Vital statistics of India. Vol. VI, European troops 1870-79
Year: 1870
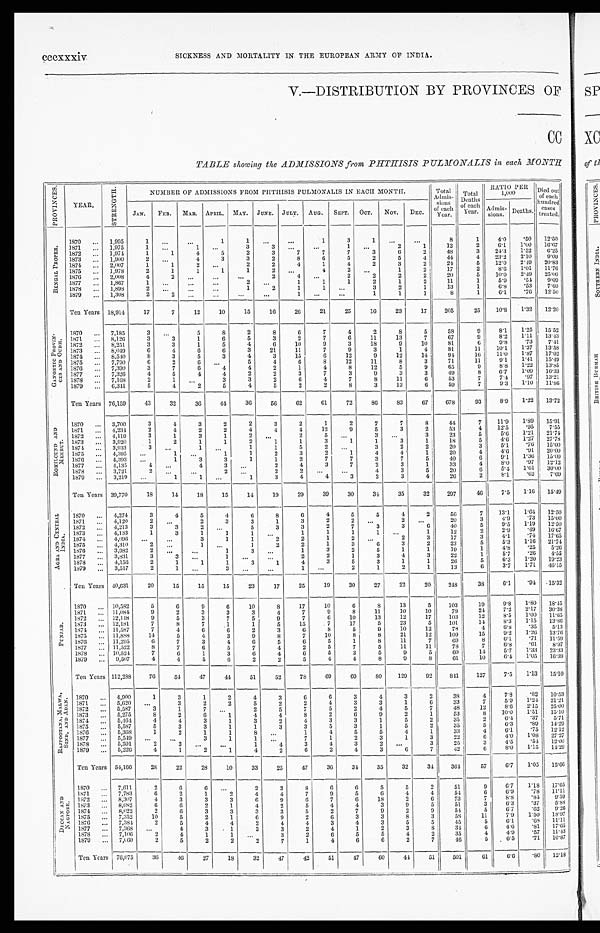
cccxxxiv
SICKNESS AND MORTALITY IN THE EUROPEAN ARMY OF INDIA.
V.—DISTRIBUTION BY PROVINCES OF
CC
TABLE showing the ADMISSIONS from PHTHISIS PULMONALIS in each MONTH
P R O V I N C E S .
YEAR.
S T R E N G T H .
NUMBER OF ADMISSIONS FROM PHTHISIS PULMONALIS IN EACH MONTH.
Total
Admis-
sions o f e a c
h
Year.
Total
Deaths
of each
Year.
RATIO PER
1,000
Died out
of each
hundred
cases
treated.
JAN. FEB. MAR. APRIL. MAY. JUNE. JULY. AUG. SEPT. OCT. NOV. DEC.
Admis-
sions. Deaths.
B E N G A L P R O P E R .
1870
. . . 1,995
1
. . .
. . .
1
1 ...
...
1
3
1
. . .
. . .
8
1
4.0
.50 12.50
1871 ... 1,975
1 ...
1 ...
3
3 ...
...
1
. . .
2
1
12
2
6.1
1.00 16.67
1872 ... 1,974
1
1
4
5
2
3
7
7
7
3
6
2
48
3
24.3 1.52
6.25
1873 ... 1,900
2
. . .
4
3
3
2
8
6
5
2
5
4
44
4
23.2
2.10
9.09
1874 ... 2,007
1
1
2
. . .
2
2
4
1
4
2
3
2
24
5
12.0 2.49 20.83
1875 ... 1,978
2
1
1
1
1
2 ...
4
2
. . .
1
2
17
2
8.6 1.01 11.76
1876 ... 2,008
4
2
. . . ...
...
2
4 ...
2
2
2
2
20
5
10.0
2.49 25.00
1877 ... 1,867
1 . . .
...
...
2
. . .
1
1
1
2
1
2
11
1
5.9
.54 9.09
1878
. . . 1,898
2 ...
...
. . .
1
2
1
1 ...
3
2
1
13
1
6.8
.53
7.69
1879 ... 1,308
2
2
. . .
. . .
. . . ...
1 ...
. . .
1
1
1
8
1
6.1
.76 12.50
Ten Years 18,914
17
7
12
10
15
16
26
21
25
16
23
17
205
25
10.8
1.32 12.20
G A N G E T I C P R O V I N -
C E S A N D O U D H . 1870 ... 7,185
3
. . .
5
8
2
8
6
7
4
2
8
5
58
9
8.1
1.25 15.52
1871 ... 8,126
3
3
1
6
5
3
2
7
6
11
13
7
67
9
8.2 1.11 13.43
1872 ... 8,251
3
3
1
5
4
6
10
9
3
18
9
1 0
81
6
9.8
.73
7.41
1873 ... 8,049
6
4
6
6
3
21
11
7
9
3
1
4
81
11
10.1
1.37 13.58
1874 ... 8,540
8
3
5
3
4
3
15
6
12
9
12
14
9 4
16
11.0 1.87 17.02
1875 ... 7,790
6
2
6 ...
5
4
6
8
12
11
8
3
71
11
9.1
1.41 15.49
1876 ... 7,390
3
7
6
4
4
2
1
4
8
12
5
9
65
9
8.8 1.22 13.85
1877 ... 7,326
4
5
4
4
2
2
3
7
3
9
3
3
49
8
6.7
1.09 16.33
1878
. . . 7,168
2
1
. . .
3
3
2
6
4
7
8
11
6
53
7
7.4
.97 13.21
1879 ... 6,341
5
4
2
5
4
5
2
2
8
3
13
6
59
7
9.3 1.10 11.86
Ten Years 76,159
43
32
36
44
36
56
62
61
72
86
83
67
678
93
8.9 1.22 13.72
R O H I L C U N D A N D
M E E R U T .
1870 ... 3,700
3
4
3
2
2
3
2
1
2
7
7
8
44
7
11.9
1.89 15.91
1871
...
4 , 2 3 4
2
4
2
2
4
4
4
12
9
5
3
2
53
4
12.5
.95
7.55
1872 ... 4,119
3
1
3
1
2
. . .
2
5
. . .
3 ...
3
23
5
5.6 1.21 21.74
1873 ... 3,920
1
2
1
1
2
1
1
3
1
1
3
1
18
5
4.6 1.27 27.78
1874 ... 3,933
3 ...
1 ...
1
1
5
2 ...
3
2
2
20
3
5.1
.76 15.00
1875 ... 4,395 ...
1
. . .
1
1
2
3
2
1
4
4
1
20
4
4.6
.91 20.00
1876
. . . 4,393 ...
1
3
3
1
1
2
7
7
3
7
5
40
6
9.1
1 . 3 6 15.00
1877 ... 4,135
4
. . .
4
3
. . .
2
4
3
7
2
3
1
33
4
8.0
.97 12.12
1878 ... 3,721
2 . . .
...
2
. . .
2
2
. . . ...
4
3
5
20
6
5.4 1.61 30.00
1879 ... 3,219
. . .
1
1 ...
1
3
4
4
3
2
3
4
26
2
8.1
.62
7.69
Ten Years 39,770
18
14
18
15
14
19
29
39
30
34
35
32
297
46
7.5 1.16 15.49
A G R A A N D C E N T R A L
I N D I A .
1870 ... 4,274
3
4
5
4
6
8
6
4
5
5
4
2
56
7
13.1
1.64 12.50
1871
. . . 4,120
2
. . .
2
3
3
1
3
2
2
. . .
2
. . .
20
3
4.9
.73 15.00
1872 ... 4,213
3
3
2
. . .
5
3
3
2
7
3
3
6
40
5
9.5
1.19 12.50
1873 ... 4,133
1
3
1
1
1 ...
1
1
1
1
. . .
1
12
2
2.9
.49 16.67
1874 ... 4,096
. . . ...
3
1
1
2
2
1
2
. . .
2
3
17
3
4.1
.74 17.65
1875 ... 4,310
2
. . .
1 ...
1
2
2
1
3
6
3
2
23
5
5.3
1.16 21.74
1876 ... 3,982
2 ...
...
1
3
. . .
1
3
2
5
1
1
1 9
1
4.8
. 2 5 5.26
1877 ... 3,831
3
3
. . .
1
. . .
. . .
2
2
1
3
4
3
22
1
5.7
.26 4.55
1878 ... 4,156
2
1
1
1
3
1
4
3
5
3
1
1
26
5
6.3 1.20 19.23
1879 ... 3,517
2
1 ...
3
. . .
...
1 ...
2
1
2
1
13
6
3.7 1.71 46.15
Ten Years 40,631
20
15
15
15
23
17
25
19
30
27
22
20
248
38
6.1
.94
15.32
P U N J A B .
1870 ... 10,582
5
6
9
6
10
8
17
10
6
8
13
5
103
19
9.8 1.80 18.45
1871 ... 11,084
9
2
3
3
3
4
7
9
8
11
10
1 0
7 9
2 4 7.2 2.17
3 0 . 3 8
1872 ... 12,118
9
5
3
7
5
9
7
6
10
13
12
17
103
12
8.5 1.00 11.65
1873 ... 12,181
7
8
7
1
1
5
15
7
17
5
23
5
101
14
8.3 1.15 13.86
1874 ... 11,587
7
4
6
6
2
3
6
8
5
9
10
12
78
4
6.8
.35
5.13
1875 ... 11,888
14
5
4
3
9
8
7
10
8
8
21
12
109
15
9.2 1.26 13.76
187
6
... 11,295
6
7
3
4
6
5
6
5
1
8
11
7
69
8
6.1
.71 11.59
1877 ... 11,522
8
7
6
5
7
4
2
5
7
5
11
11
78
7
6.8
.61
8.97
1878 ... 10,524
7
6
1
3
6
4
6
5
3
5
9
5
60
14
5.7
1.33 23.33
1879
. . . 9,507
4
4
5
6
2
2
5
4
4
8
9
8
61
10
6.4 1.05 16.39
Ten Years 112,288
76
54
47
44
51
52
78
69
69
8 0 129
92
841
127
7.5 1.13 15.10
R A J P O O T A N A , M A L W A ,
S I N D , A N D A D E N . 1870 ... 4,900
1
3
1
2
4
3
6
6
3
4
3
2
3 8
4
7.8 .82 10.53
1871 ... 5,620
. . .
3
2
2
5
2
2
4
3
3
1
6
33
7
5.9 1.24 21.21
1872 ...
5 , 5 8 7
3
1
7 . . .
2
5
7
5
2
4
5
7
48
12
8.6 2.15 25.00
1873
.. 5,275
8
2
6
1
4
4
8
2
6
9
2
1
53
8
10.0
1.51 15.10
1874 ... 5,464
4
4
3
1
3
2
4
3
3
1
5
2
35
2
6.4
.37
5.71
1875
. . . 5,587
5
3
3
1
1
3
3
5
3
1
5
2
35
5
6.3
. 8 9 14.29
1876
. . . 5,368
1
2
1
1
8
. . .
1
4
5
5
4
1
33
4
6.1
.75 12.12
1877 ... 5,549 ...
. . .
3
1
1
...
7
1
2
3
1
3
22
6
4.0 1.08 27.27
1878 ... 5,591
2
3
. . . ...
1
4
3
4
3
2
. . .
3
25
3
4.5
.54 12.00
1879 ... 5,226
4
1
2
1
4
2
6
2
4
3
6
7
42
6
8.0 1.15 14.29
Ten Years 54,166
28
22
28
10
33
25
47
36
34
35
32
34
364
57
6.7
1.05 15.66
D E C C A N A N D
N A G P O R E .
1870 ... 7,611
2
6
6
. . .
2
3
8
6
6
5
5
2
5 1
9
6.7
1.18 17.65
1871 ... 7,783
6
2
1
2
4
4
7
9
5
6
4
4
5 4
6
6 . 9
. 7 8 11.11
1872 ... 8,307
4
3
3
3
6
9
6
7
6
18
2
6
7 3
7 8.8
.84 9.59
1873 ... 8,082
6
6
2
1
4
2
5
4
4
3
9
5
5 1
3
6 . 3
. 3 7 5.88
1874 ... 8,022
2
6
3
3
3
3
5
2
7
9
2
9
5 4
5
6.7
.62
9.26
1875 ... 7,352
10
5
2
1
6
9
2
6
3
3
8
3
58
11
7.9
1.50 18.97
1876 ... 7,384
2
5
4
4
2
4
4
3
4
3
5
5
45
5
6.1
.68 11.11
1877 ... 7,368
. . .
4
3
1
3
3
2
4
1
2
3
8
34
6
4.6
.81 17.65
1878 ... 7,106
2
4
1
1
...
3
2
6
5
5
4
2
35
4
4.9
.57 11.43
1879 ... 7,060
2
5
2
2
2
7
1
4
6
6
2
7
46
5
6.5
.71 10.87
T e n Y e a r s 76,075
36
46
27
18
32
47
42
51
47
60
41
51
501
61
6.6
. 8 0 12.18